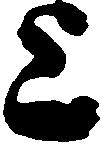
上